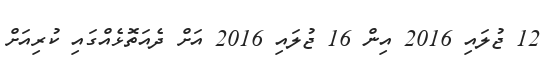
12 ޖުލައި 2016 އިން 16 ޖުލައި 2016 އަށް ދެއަތޮޅެއްގައި ކުރިއަށް